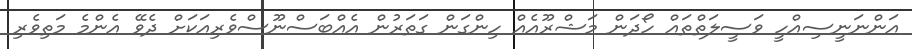
އަންނަނީސިއްހީ ވަސީލަތްތައް ހޯދަން މަޝްރޫއެއް ހިންގަން ގަތަރުން އެއްބަސްނޫސްވެރިއަކަށް ދެވޭ އެންމެ މަތިވެރި